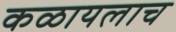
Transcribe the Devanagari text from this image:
कळायलाच